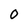
Character: O